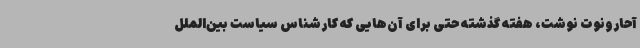
آحارونوت نوشت، هفته گذشته حتی برای آن‌هایی که کارشناس سیاست بین‌الملل